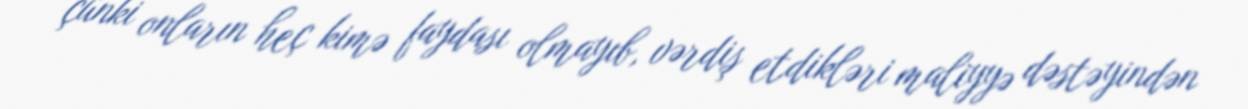
çünki onların heç kimə faydası olmayıb, vərdiş etdikləri maliyyə dəstəyindən